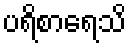
ပရိစာရေသိ